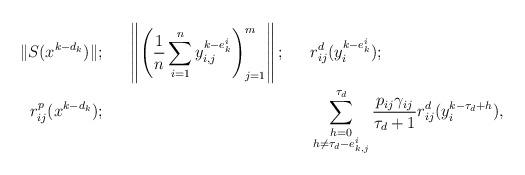
LaTeX: \begin{align*}\|S(x^{k-d_k})\|; && \left\|\left(\frac{1}{n} \sum_{i=1}^n y_{i,j}^{k-e^{i}_{k}}\right)_{j=1}^m \right\|; && &r_{ij}^d(y_i^{k-e^{i}_{k}});\\ r_{ij}^p(x^{k-d_k}); && && & \sum_{\substack{h=0\\ h\neq \tau_d - e^{i}_{k, j} }}^{\tau_d}\frac{p_{ij}\gamma_{ij}}{\tau_d + 1}r_{ij}^d(y_i^{k - \tau_d +h}),\end{align*}